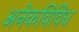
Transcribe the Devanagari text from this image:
अनेकविविध